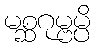
မစ္ဆဂုမ္ဗမ္ပိ